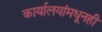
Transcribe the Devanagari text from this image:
कार्यालयांमधूनही